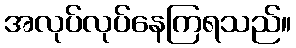
အလုပ်လုပ်နေကြရသည်။